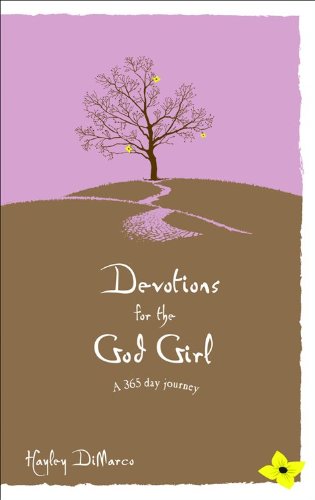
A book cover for Devotions for the God Girl: A 365-Day Journey; Hayley DiMarco; Christian Books & Bibles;